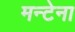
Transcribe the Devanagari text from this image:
मन्टेना